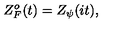
Z _ { F } ^ { o } ( t ) = Z _ { \psi } ( i t ) ,